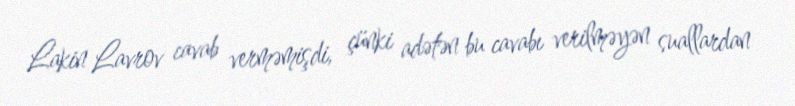
Lakin Lavrov cavab verməmişdi, çünki adətən bu cavabı verilməyən suallardan